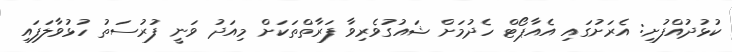
ކުޅުދުއްފުށި: އެރަށުގައި އެއާޕޯޓް ހެދުމަށް ޝައުގުވެރިވާ ފަރާތްތަކަށް މިއަދު ވަނީ ފުރުސަތު ހުޅުވާލަފައި